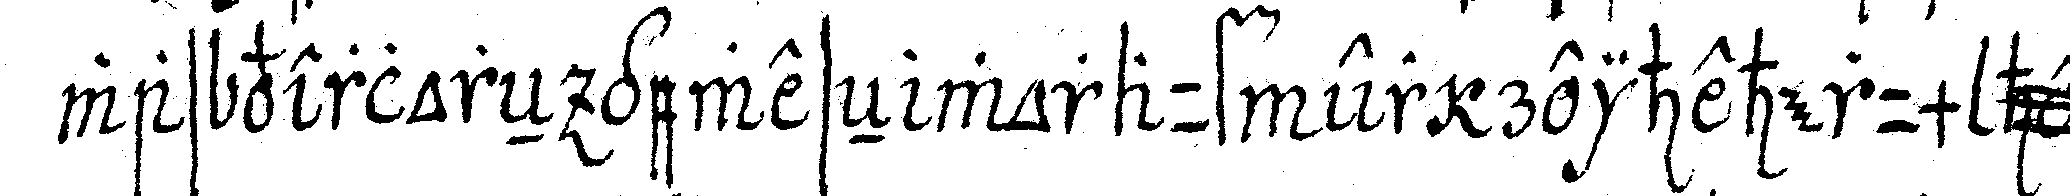
was verloreN geweseN worauf er reiheherum